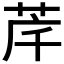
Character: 𮎶